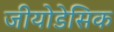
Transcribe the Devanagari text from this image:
जीयोडेसिक